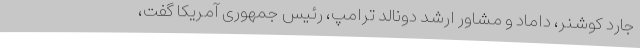
جارد کوشنر، داماد و مشاور ارشد دونالد ترامپ، رئیس جمهوری آمریکا گفت،